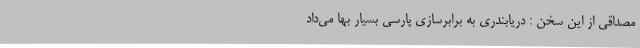
مصداقی از این سخن : دریابندری به برابرسازی پارسی بسیار بها می‌داد